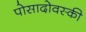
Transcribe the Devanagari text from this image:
पोसादोवस्की